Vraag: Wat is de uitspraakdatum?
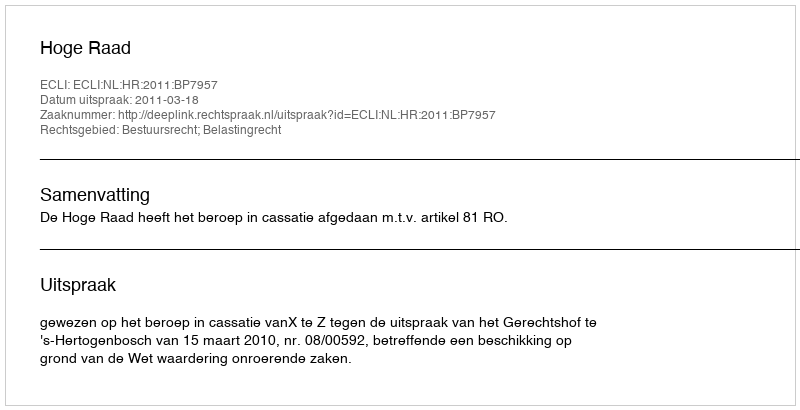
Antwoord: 2011-03-18